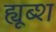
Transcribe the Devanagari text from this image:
ह्यूब्श